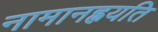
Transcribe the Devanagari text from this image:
नामानह्वयति